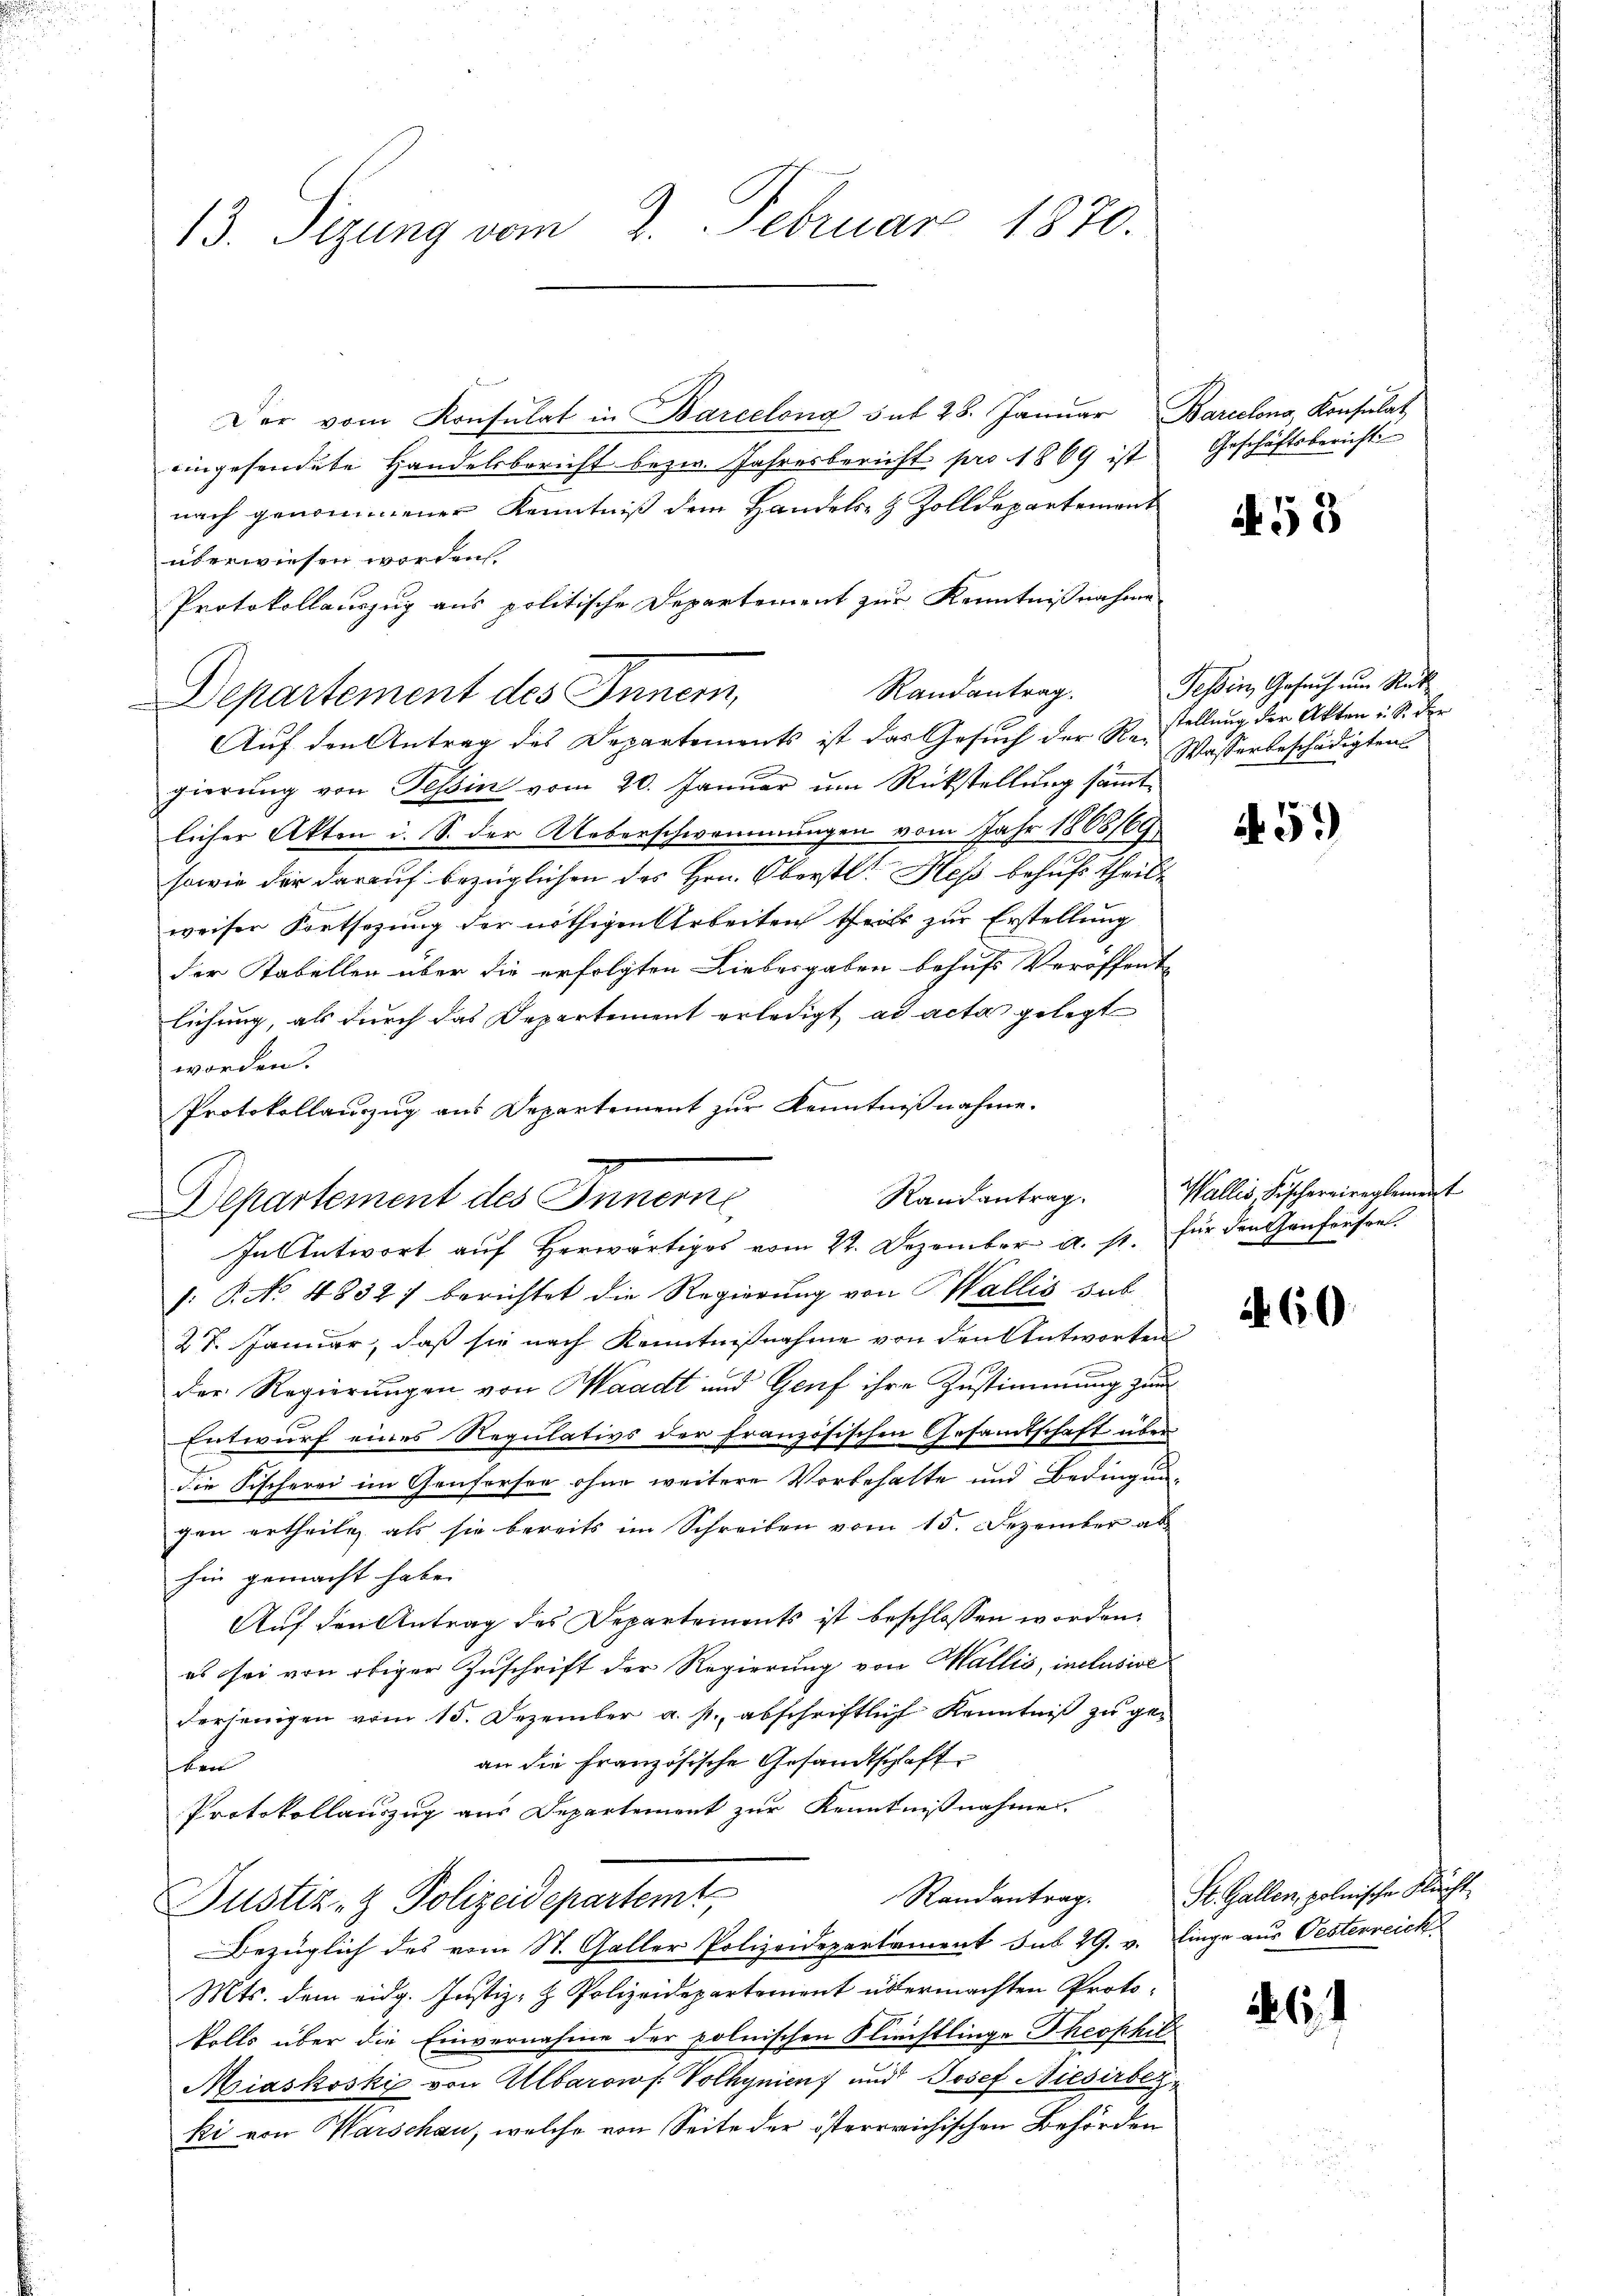
u

13. Sizung vom 2. Februar 1870.

Der vom Konsulat in Barcelona sub 28. Januar Barcelona, Konsulat
eingesendete Handelsbericht bezw. Jahresbericht pro 1869 ist Geschäftsberichti
nach genommener Kenntniß dem Handels- & Zolldepartement
überwiesen worden.
Protokollauszug aus politische Departement zur Kenntnißnahme
Randantrag.
Departement des Innern,
Auf den Antrag des Departements ist das Gesuch der Reallung der Akten u. S. der
gierung von Tessin vom 20. Januar um Rückstellung sämmtlicher Akten i. S. der Ueberschwammungen vom Jahr 1868169
sowie der darauf bezüglichen des Hrn. Oberstl. Hess behufs theilte
weiser Fortsezung der nöthigen Arbeiten theils zur Erstellung
der Kabellen über die erfolgten Liebesgaben behufs Veröffent-
lichung, als durch das Departement erledigt ad acta gelegt
worden.
Protokollauszug aus Departement zur Kenntnißnahme.
Departement des Innerne,
In Antwort auf herwärtiges vom 22. Dezember a. s. für den Genfensee.
J. P. No 4834) berichtet die Regierung von Wallis sub
27. Januar, daß sie nach Kenntnißnahme von den Antworten
der Regierungen von Waadt und Genf ihre Zustimmung zum
Entwurf eines Regulativs der französischen Gesamtschaft über
die Fischerei im Genfersen ohne weitere Vorbehalte und Bedingun-
gen ertheile, als sie bereits im Schreiben vom 15. Dezember ab
hin gemacht habe.
Auf den Antrag des Departements ist beschlossen worden,
es sei von obiger Zuschrift der Regierung von Wallis, inclusive
derjenigen vom 15. Dezember a. p., abschriftlich Kenntniß zu ge-
an die Französische Gesandtschaft
k ver
Protokollauszug aus Departement zur Kenntnißnahme.
Justiz- & Polizeidepartemt
Bezüglich des vom St. Galler Polizeidepartament sub 29. v. linge aus Oesterreich
Mts. dem eidg. Justiz- & Polizeidepartement übermachten Protokolls über die Einvernahme der polnischen Fliechtlinge Theophil
Miaskoski von Albarow f. Volhynien) und Josef Niesirbet
ki von Marschau, welche von Seite der österreichischen Behörden

Randantrag.

A. 53

Tessin, Gesuch um Rück¬
Wasserbeschädigten

459

Wallis, Fischereireglement

60

Randantrag. St. Gallen, polnische Nacht

61